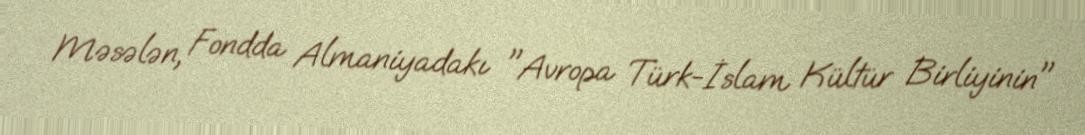
Məsələn, Fondda Almaniyadakı "Avropa Türk-İslam Kültür Birliyinin"